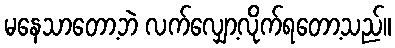
မနေသာတော့ဘဲ လက်လျှော့လိုက်ရတော့သည်။